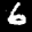
Label: 6